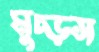
মুচ্‌ড়স